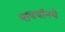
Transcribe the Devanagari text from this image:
पायथॉनचे